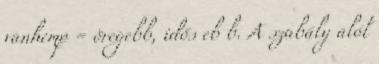
vanhemp = öregebb, idős eb b. A szabály alól